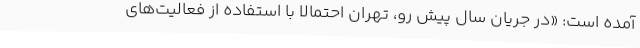
آمده است: «در جریان سال پیش رو، تهران احتمالا با استفاده از فعالیت‌های